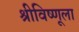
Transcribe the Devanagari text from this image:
श्रीविष्णूला